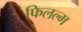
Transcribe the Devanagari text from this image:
फिलल्म